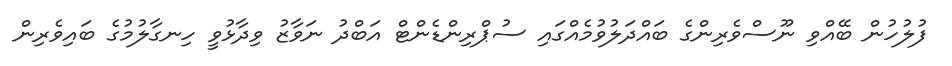
ފުލުހުން ބޭއްވި ނޫސްވެރިންގެ ބައްދަލުވުމެއްގައި ސުޕްރިންޑެންޓް އަބްދު ނަވާޒު ވިދާޅުވީ ހިނގާލުމުގެ ބައިވެރިން